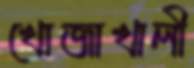
খোজাখালী